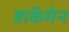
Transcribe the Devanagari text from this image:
हाॅकमेन